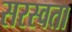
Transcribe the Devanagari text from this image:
सरस्वता